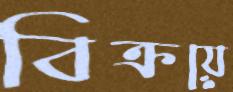
বিক্রয়ে